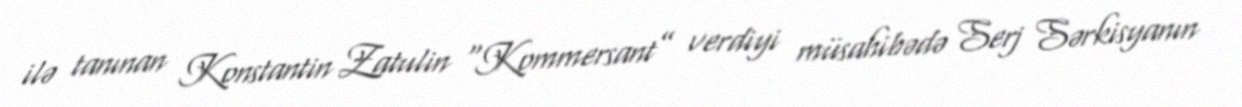
ilə tanınan Konstantin Zatulin “Kommersant” verdiyi müsahibədə Serj Sərkisyanın